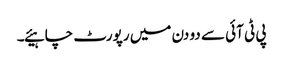
پی ٹی آئی سے دو دن میں رپورٹ چاہیئے۔